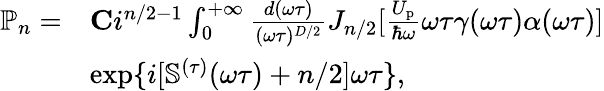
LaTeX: \begin{array}{rl}{\mathbb{P}_{n}=}&{{\mathbf C}i^{n/2-1}\int_{0}^{+\infty}\frac{d(\omega\tau)}{(\omega\tau)^{D/2}}J_{n/2}[\frac{U_{\mathrm{p}}}{\hbar\omega}\omega\tau\gamma(\omega\tau)\alpha(\omega\tau)]}\\ &{\exp\{ i[\mathbb{S}^{(\tau)}(\omega\tau)+n/2]\omega\tau\} ,}\end{array}